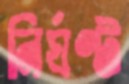
নির্ঘণ্ট